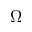
\Omega